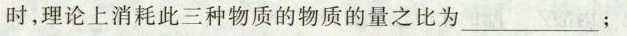
时，理论上消耗此三种物质的物质的量之比为___；